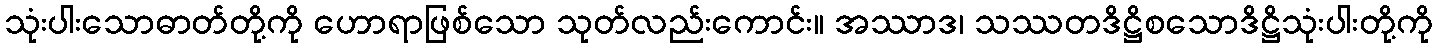
သုံးပါးသောဓာတ်တို့ကို ဟောရာဖြစ်သော သုတ်လည်းကောင်း။ အဿာဒ၊ သဿတဒိဋ္ဌိစသောဒိဋ္ဌိသုံးပါးတို့ကို